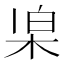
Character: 𣑞